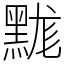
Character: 䵨